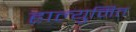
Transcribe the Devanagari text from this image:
हाल्युमित